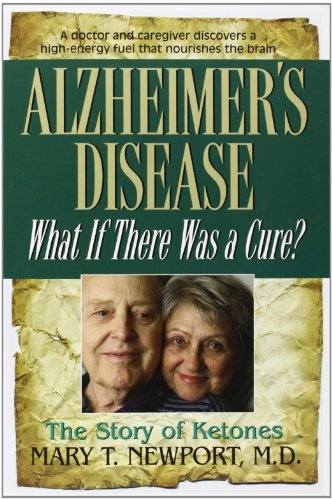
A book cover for Alzheimer's Disease: What If There Was a Cure?; Mary T. Newport; Health, Fitness & Dieting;